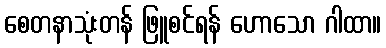
စေတနာသုံးတန် ဖြူစင်ရန် ဟောသော ဂါထာ။